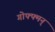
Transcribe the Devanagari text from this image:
गोफ्फ्मन्